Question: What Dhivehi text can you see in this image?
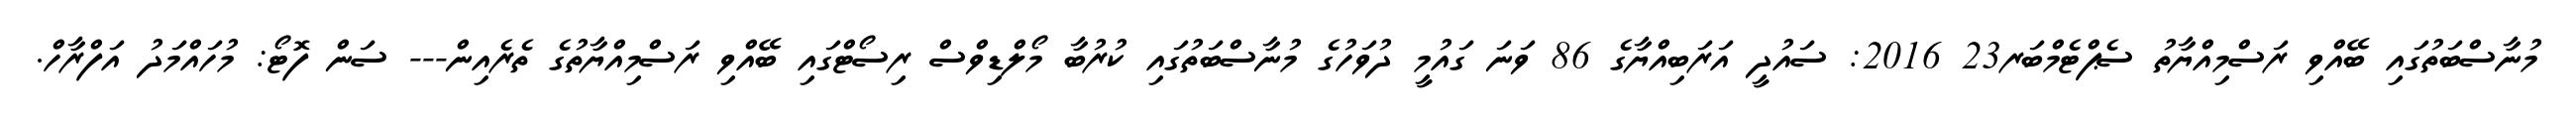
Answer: މުނާސްބަތުގައި ބޭއްވި ރަސްމިއްޔާތު ސެޕްޓެމްބަރ23 2016: ސައުދީ އަރަބިއްޔާގެ 86 ވަނަ ގައުމީ ދުވަހުގެ މުނާސްބަތުގައި ކުރުބާ މޯލްޑިވްސް ރިސޯޓްގައި ބޭއްވި ރަސްމިއްޔާތުގެ ތެރެއިން--- ސަން ފޮޓޯ: މުހައްމަދު އަފްރާހް.